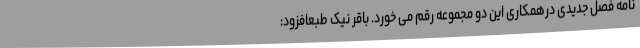
نامه فصل جدیدی درهمکاری این دو مجموعه رقم می خورد. باقر نیک طبعافزود: